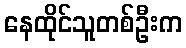
နေထိုင်သူတစ်ဦးက